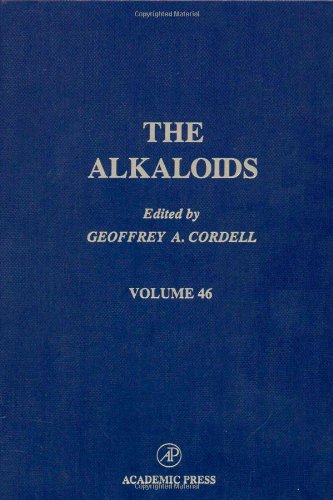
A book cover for The Alkaloids: Chemistry and Pharmacology, Vol. 46; Science & Math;